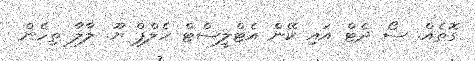
ގޮތެއް. ސޯ ދެޓް އައި ކޭން އެޓްލީސްޓް ހެލްޕް ޔޫ. ލާލާ ތިހެން